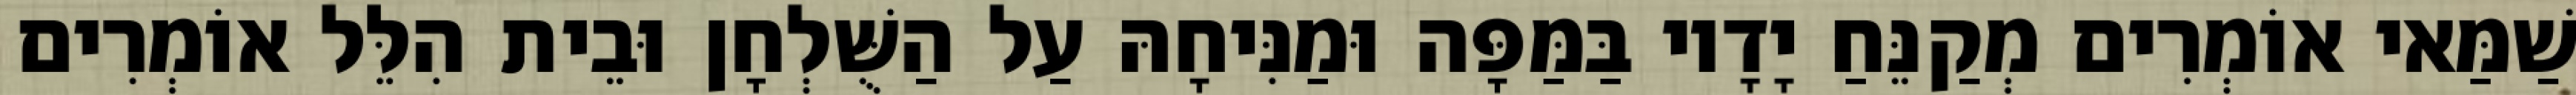
שַׁמַּאי אוֹמְרִים מְקַנֵּחַ יָדָיו בַּמַּפָּה וּמַנִּיחָהּ עַל הַשֻּׁלְחָן וּבֵית הִלֵּל אוֹמְרִים